Annual report of the Civil Veterinary Department, Bengal, for the year 1895-96 - 1895-1896
Year: 1895
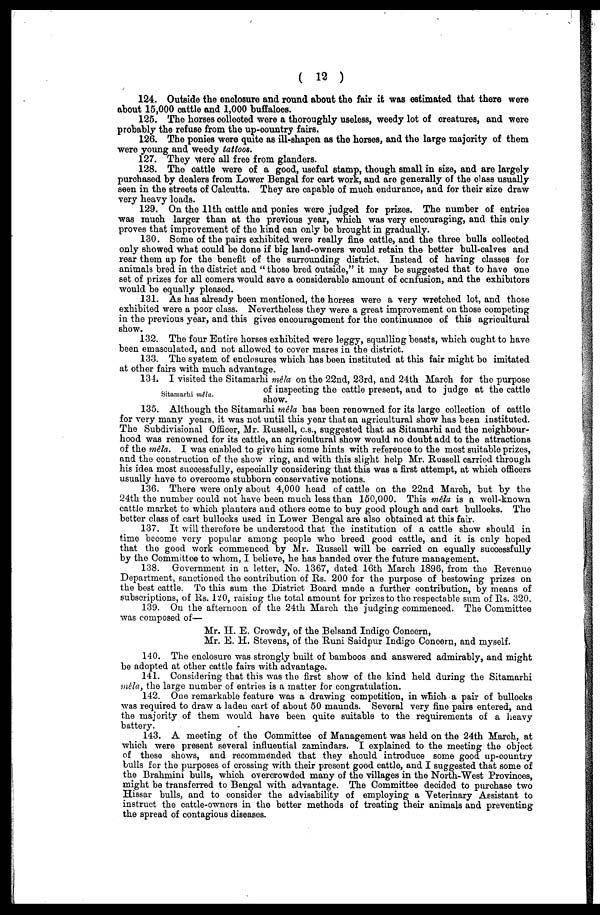
(12)
124. Outside the enclosure and round about the fair it was estimated that there were
about 15,000 cattle and 1,000 buffaloes.
125. The horses collected were a thoroughly useless, weedy lot of creatures, and were
probably the refuse from the up-country fairs.
126. The ponies were quite as ill-shapen as the horses, and the large majority of them
were young and weedy tattoos.
127. They Were all free from glanders.
128. The cattle were of a good, useful stamp, though small in size, and are largely
purchased by dealers from Lower Bengal for cart work, and are generally of the class usually
seen in the streets of Calcutta. They are capable of much endurance, and for their size draw
very heavy loads.
129. On the 11th cattle and ponies were judged for prizes. The number of entries
was much larger than at the previous year, which was very encouraging, and this only
proves that improvement of the kind can only be brought in gradually.
130. Some of the pairs exhibited were really fine cattle, and the three bulls collected
only showed what could be done if big land-owners would retain the better bull-calves and
rear them up for the benefit of the surrounding district. Instead of having classes for
animals bred in the district and " those bred outside," it may be suggested that to have one
set of prizes for all comers would save a considerable amount of confusion, and the exhibitors
would be equally pleased.
131. As has already been mentioned, the horses were a very wretched lot, and those
exhibited were a poor class. Nevertheless they were a great improvement on those competing
in the previous year, and this gives encouragement for the continuance of this agricultural
show.
132. The four Entire horses exhibited were leggy, squalling beasts, which ought to have
been emasculated, and not allowed to cover mares in the district.
133. The system of enclosures which has been instituted at this fair might be imitated
at other fairs with much advantage.
Sitamarhi mêla .
134. I visited the Sitamarhi mêla on the 22nd, 23rd, and 24th March for the purpose
of inspecting the cattle present, and to judge at the cattle
show.
135. Although the Sitamarhi mêla has been renowned for its large collection of cattle
for very many years, it was not until this year that an agricultural show has been instituted.
The Subdivisional Officer, Mr. Russell, c.s., suggested that as Sitamarhi and the neighbour-
hood was renowned for its cattle, an agricultural show would no doubt add to the attractions
of the mêla. I was enabled to give him 6ome hints with reference to the most suitable prizes,
and the construction of the show ring, and with this slight help Mr. Russell carried through
his idea most successfully, especially considering that this was a first attempt, at which officers
usually have to overcome stubborn conservative notions.
136. There were only about 4,000 head of cattle on the 22nd March, but by the
24th the number could not have been much less than 150,000. This mêla is a well-known
cattle market to which planters and others come to buy good plough and cart bullocks. The
better class of cart bullocks used in Lower Bengal are also obtained at this fair.
137. It will therefore be understood that the institution of a cattle show should in
time become very popular among people who breed good cattle, and it is only hoped
that the good work commenced by Mr. Russell will be carried on equally successfully
by the Committee to whom, I believe, he has handed over the future management.
138. Government in a letter, No. 1367, dated 16th March 1896, from the Revenue
Department, sanctioned the contribution of Rs. 200 for the purpose of bestowing prizes on
the best cattle. To this sum the District Board made a further contribution, by means of
subscriptions, of Rs. 120, raising the total amount for prizes to the respectable sum of Rs. 320.
139. On the afternoon of the 24th March the judging commenced. The Committee
was composed of—
Mr. H. E. Crowdy, of the Belsand Indigo Concern,
Mr. E. H. Stevens, of the Runi Saidpur Indigo Concern, and myself.
140. The enclosure was strongly built of bamboos and answered admirably, and might
be adopted at other cattle fairs with advantage.
141. Considering that this was the first show of the kind held during the Sitamarhi
mêla, the large number of entries is a matter for congratulation.
142. One remarkable feature was a drawing competition, in which a pair of bullocks
was required to draw a laden cart of about 50 maunds. Several very fine pairs entered, and
the majority of them would have been quite suitable to the requirements of a heavy
battery.
143. A meeting of the Committee of Management was held on the 24th March, at
which were present several influential zamindars. I explained to the meeting the object
of these shows, and recommended that they should introduce some good up-country
bulls for the purposes of crossing with their present good cattle, and I suggested that some of
the Brahmini bulls, which overcrowded many of the villages in the North-West Provinces,
might be transferred to Bengal with advantage. The Committee decided to purchase two
Hissar bulls, and to consider the advisability of employing a Veterinary Assistant to
instruct the cattle-owners in the better methods of treating their animals and preventing
the spread of contagious diseases.